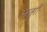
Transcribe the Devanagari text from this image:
अस्तुरी